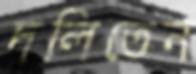
দলিতেন